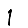
Digit: 1